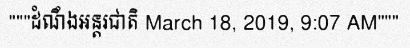
"""ដំណឹងអន្តរជាតិ March 18, 2019, 9:07 AM"""